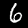
Digit: 6